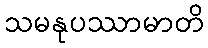
သမနုပဿာမာတိ